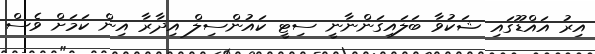
އިރު އައްޑޫގައި ޝަކުވާ ބަލައިގަންނާނީ ސިޓީ ކައުންސިލް އިދާރާ އިން ކަމަށް ވެސް